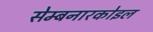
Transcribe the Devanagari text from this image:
सेम्बनारकोइल